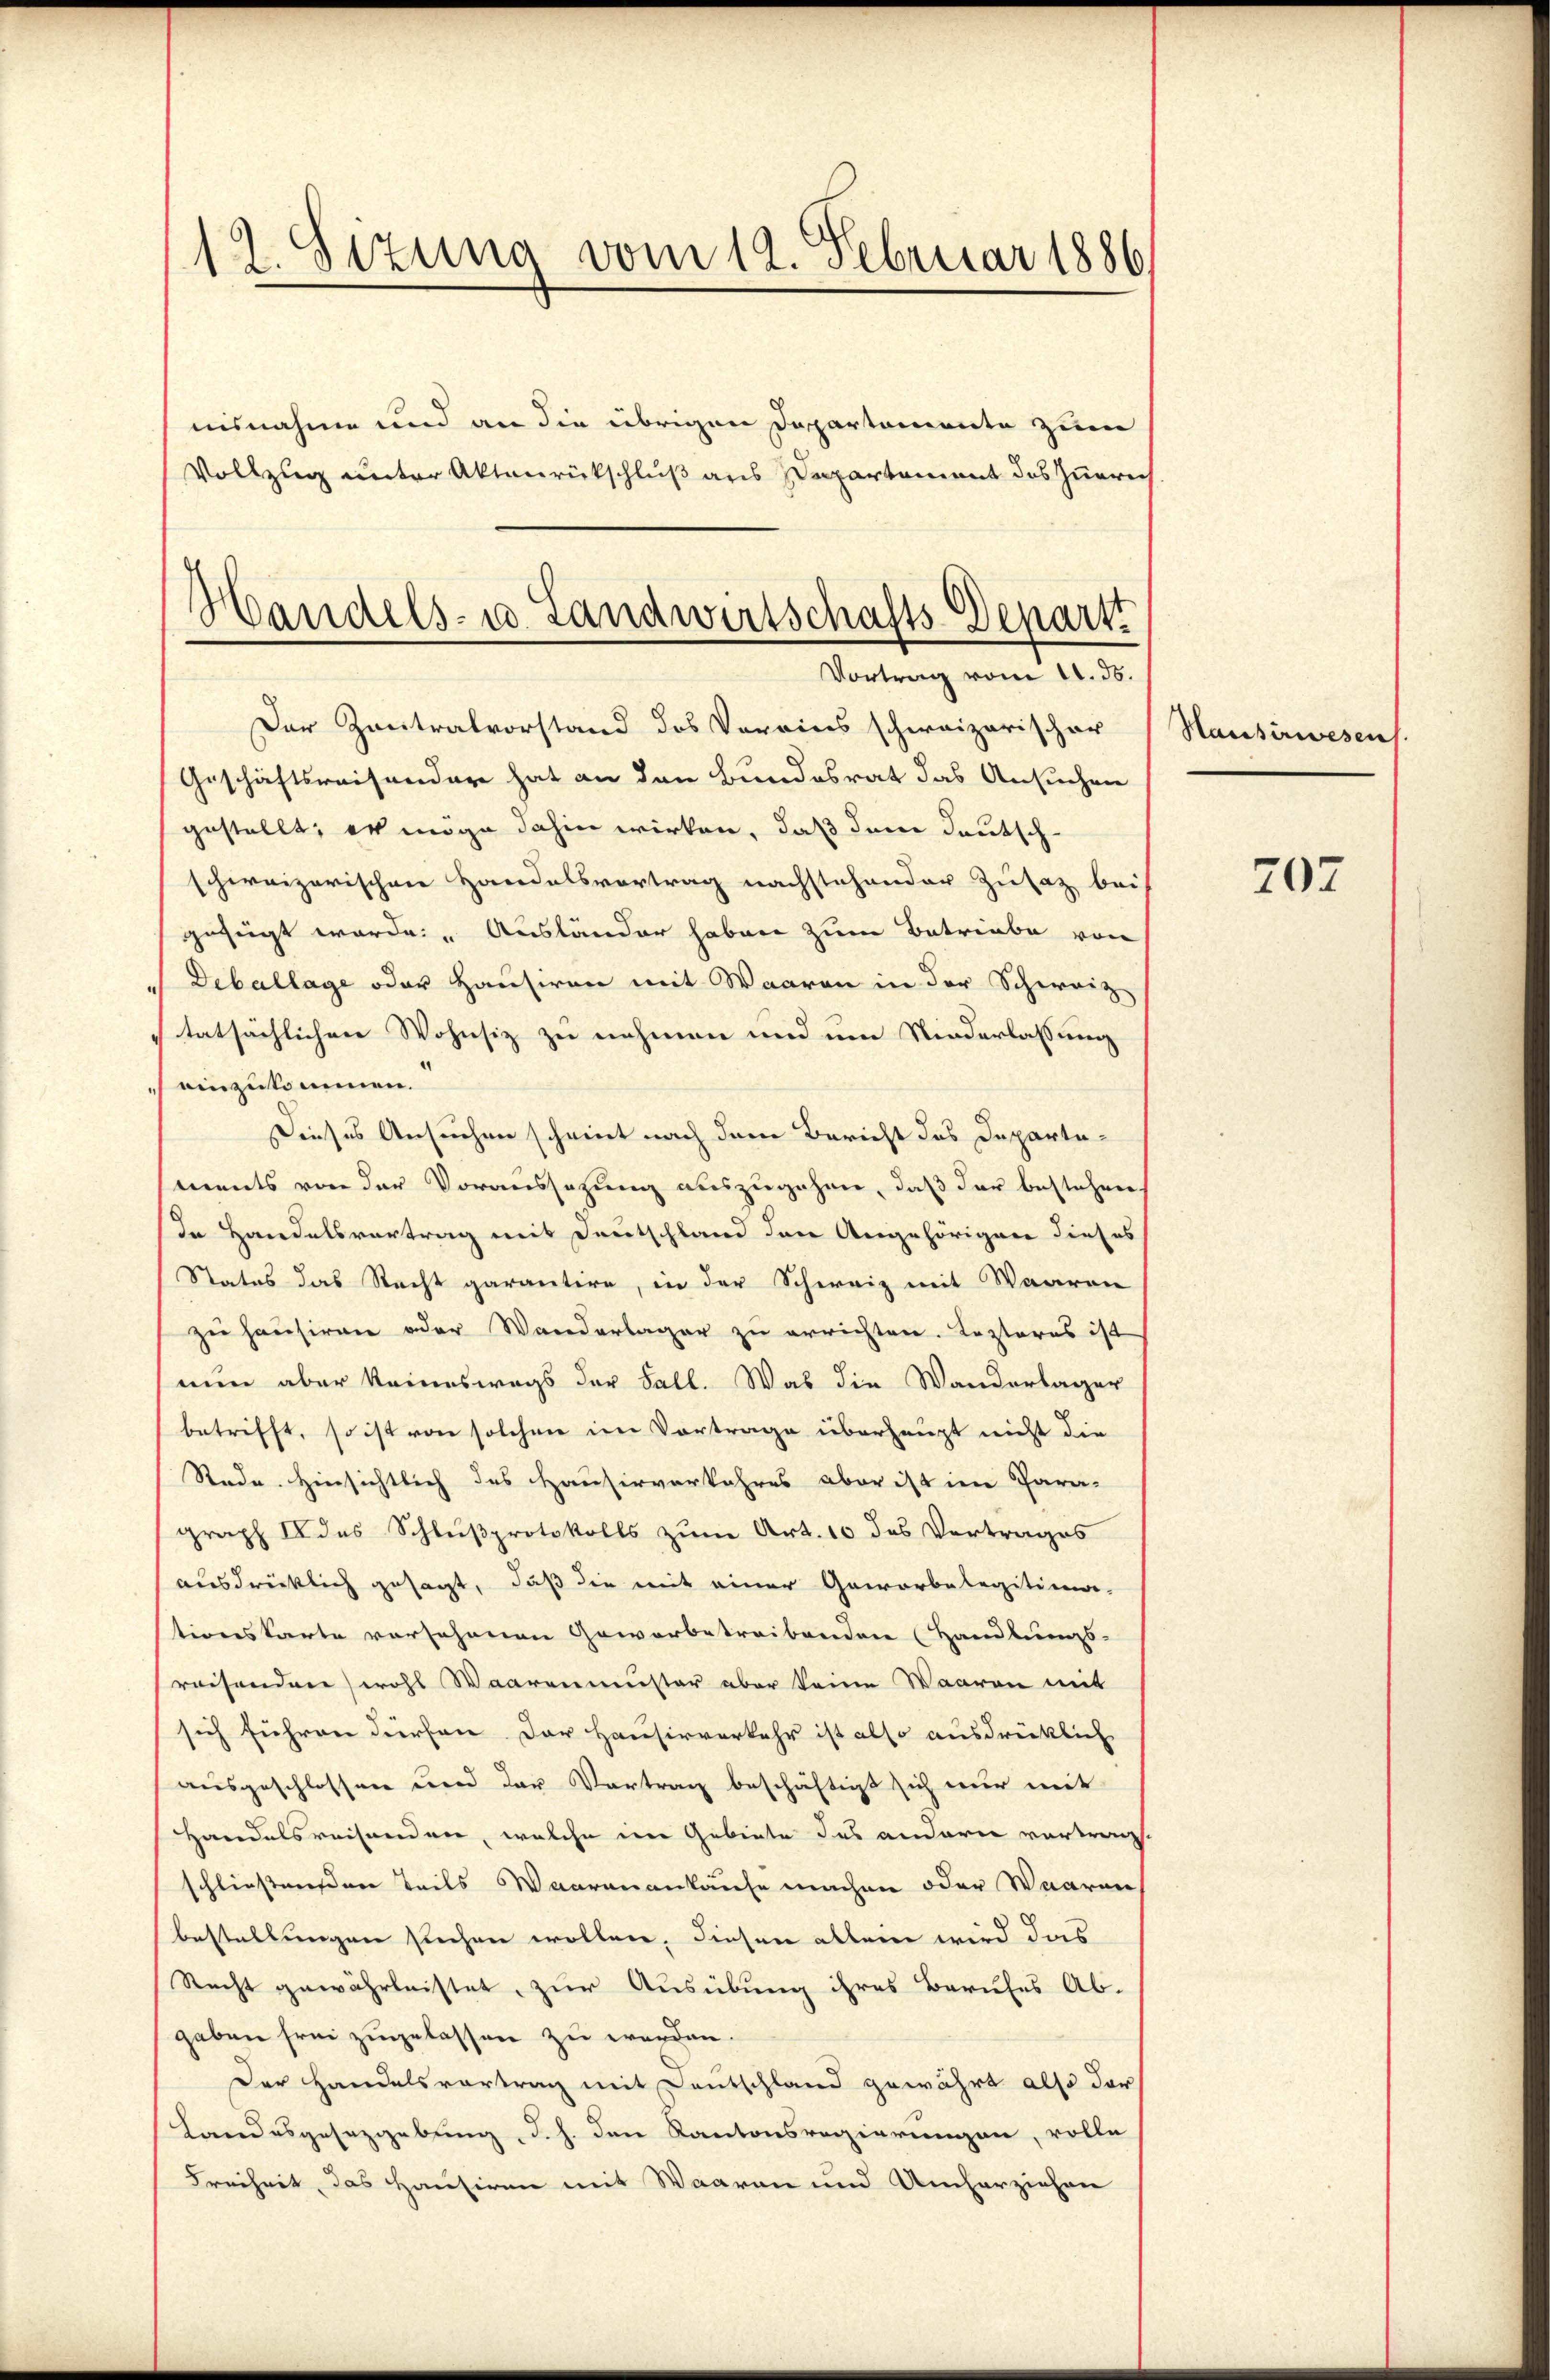
12. Sizung vom 12. Februar 1886

nisnahme und an die übrigen Departemente zum
Vollzug unter Aktenrückschluß aus Departement des Zürich
Handels- u. Landwirtschafts-Depart

Vortrag vom 11. ds.

Der Zentralvorstand des Vereins schweizerischer
Geschäftsreisender hat an den Bundesrat das Ansuchen
gestellt, er möge dahin wirken, daß dem deutschschweizerischen Handelsvortrag nachstehender Zusatz bei
gefügt werde. „Ausländer haben zum Betriebe von
Deballage oder Hausiren mit Waaren in der Schweiz
tatsächlichen Wohnsiz zu nehmen und um Niederlassung
einzukommen.
Dieses Ansuchen scheint nach dem Bericht das Departa-
ments von der Voraussetzung auszugehen, daß der bestehen
In Handelsvertrag mit Deutschland den Angehörigere dieses
Status das Recht garantire, in der Schweiz mit Waaren
zu hausiren oder Wanderlager zu errichten. Lezteres ist
nun aber keineswegs der Fall. Was die Wanderlager
betrifft, so ist von solchen im Vortrage überhaupt nicht die
Rade. Hinsichtlich des Hausirverkehres aber ist im Para-
graph II des Schlußprotokolls zum Art. 10 des Vertrages
ausdrücklich gesagt, daß die mit einer Geworbelegitima-
tionskarte versehenen Gewerbetreibenden (Handlungs-
reisenden) wohl Waarenmuster aber keine Waaren mit
sich führen dürfen. Der Hausirverkehr ist also ausdrücklich
ausgeschlossen und der Vortrag beschäftigt sich nur mit
Handelsreisenden, welche im Gebiete des andern vortragt
schließenen Teils Waarenankaufe machen oder Waaren
bestellungen suchen wollen, diesen allein wird das
Recht gewährleistet zur Ausübung ihres Berufes Ab-
gaben frei zugelassen zu werden.
Der Handelsvortrag mit Deutschland gewährt also dar
Landesgesezgebung, d. h. den Kantonsregierungen, volle
Freiheit, das Hausiren mit Waaren und Umherziehen

Hausirwesen.

207